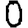
Digit: 0